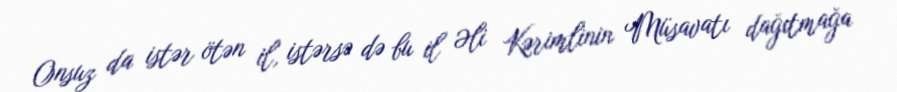
Onsuz da istər ötən il, istərsə də bu il Əli Kərimlinin Müsavatı dağıtmağa